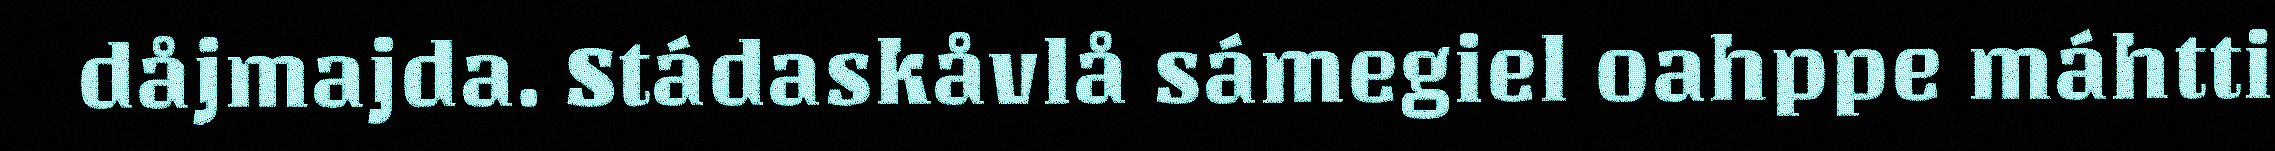
dåjmajda. Stádaskåvlå sámegiel oahppe máhtti